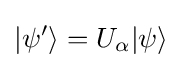
|\psi ^{\prime }\rangle =U_{\alpha }|\psi \rangle